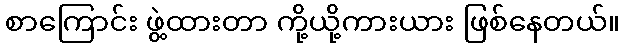
စာကြောင်း ဖွဲ့ထားတာ ကို့ယို့ကားယား ဖြစ်နေတယ်။